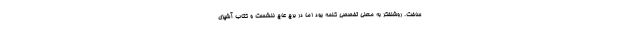
ساخت. روشنفکر به معنی تخصصی کلمه بود اما در برج عاج ننشست و کتاب آشپزی